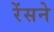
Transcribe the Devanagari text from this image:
रेंसने